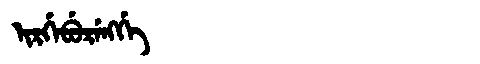
Manchu: ᡳᡵᡤᡝᠪᡠᡵᡝᠩᡤᡝ
Romanization: IRGEBURENGGE